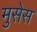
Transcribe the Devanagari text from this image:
मुसेस